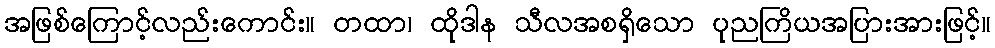
အဖြစ်ကြောင့်လည်းကောင်း။ တထာ၊ ထိုဒါန သီလအစရှိသော ပုညကြိယအပြားအားဖြင့်။